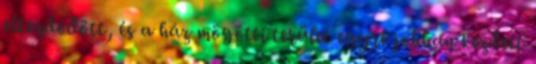
elkezdődött, és a ház mögötti terület egyre jobban kezdett